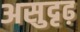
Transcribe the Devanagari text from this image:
असुदृढ़